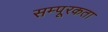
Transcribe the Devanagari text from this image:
सम्पूरकता